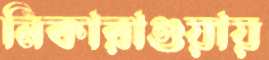
নিকারাগুয়ায়